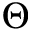
\Theta